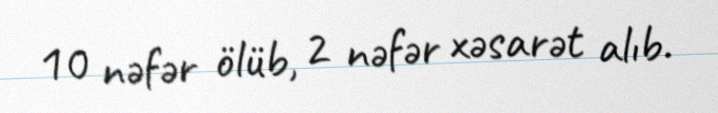
10 nəfər ölüb, 2 nəfər xəsarət alıb.